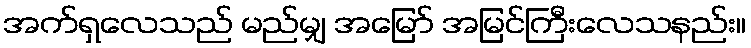
အက်ရှလေသည် မည်မျှ အမြော် အမြင်ကြီးလေသနည်း။